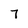
Character: 7